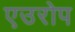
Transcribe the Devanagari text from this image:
एउरोप